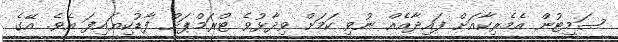
ސަމިޓުން އެމެރިކާއަށް ފައިދާއެއް ނުވި ކަމަށް ވިދާޅުވެ ޓްރަމްޕަށް ފާޑުކިޔައިފަ އެވެ. އޭގެ